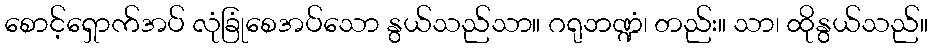
စောင့်ရှောက်အပ် လုံခြုံစေအပ်သော နွယ်သည်သာ။ ဂရုဘဏ္ဍံ၊ တည်း။ သာ၊ ထိုနွယ်သည်။